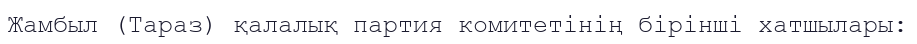
Жамбыл (Тараз) қалалық партия комитетінің бірінші хатшылары: